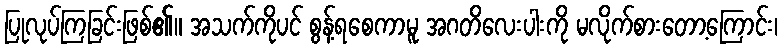
ပြုလုပ်ကြခြင်းဖြစ်၏။ အသက်ကိုပင် စွန့်ရစေကာမူ အဂတိလေးပါးကို မလိုက်စားတော့ကြောင်း၊